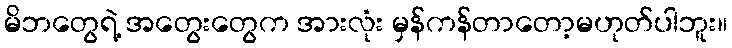
မိဘတွေရဲ့ အတွေးတွေက အားလုံး မှန်ကန်တာတော့မဟုတ်ပါဘူး။